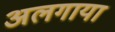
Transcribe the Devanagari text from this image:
अलगाया